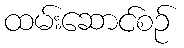
ထမ်းဆောင်စဉ်